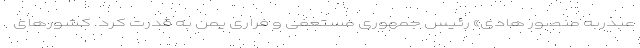
عبدربه منصور هادی» رئیس جمهوری مستعفی و فراری یمن به قدرت کرد. کشورهای